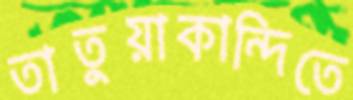
তাতুয়াকান্দিতে